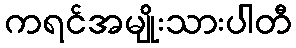
ကရင်အမျိုးသားပါတီ